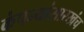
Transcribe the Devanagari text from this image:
कंपन्यांसारखंच